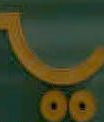
ما